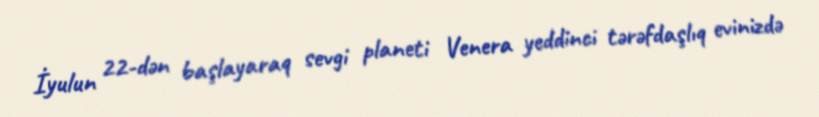
İyulun 22-dən başlayaraq sevgi planeti Venera yeddinci tərəfdaşlıq evinizdə